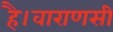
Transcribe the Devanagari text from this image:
है।वाराणसी